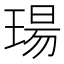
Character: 瑒